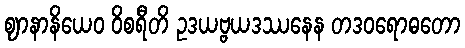
ဈာနာနိယေဝ ဝိစရီတိ ဥဒယဗ္ဗယဒဿနေန တဒဝရောဓတော